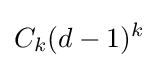
C_{k}(d-1)^{k}